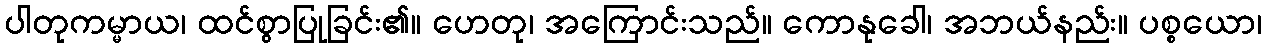
ပါတုကမ္မာယ၊ ထင်စွာပြုခြင်း၏။ ဟေတု၊ အကြောင်းသည်။ ကောနုခေါ၊ အဘယ်နည်း။ ပစ္စယော၊